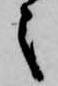
之